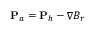
{ \bf P } _ { a } = { \bf P } _ { h } - \nabla B _ { r }